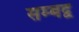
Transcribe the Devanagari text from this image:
सम्‍बद्व